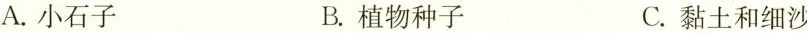
A. 小石子 B. 植物种子 C. 黏土和细沙